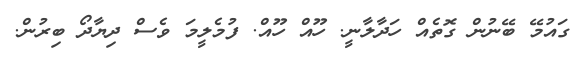
ގައުމޭ ބޭނުން ގޮތެއް ހަދާލާނީ. ހޫއް ހޫއް. ފުމެލީމަ ވެސް ދިޔާދޯ ބިރުން.